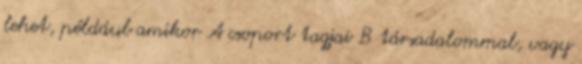
lehet, például amikor A csoport tagjai B társadalommal, vagy